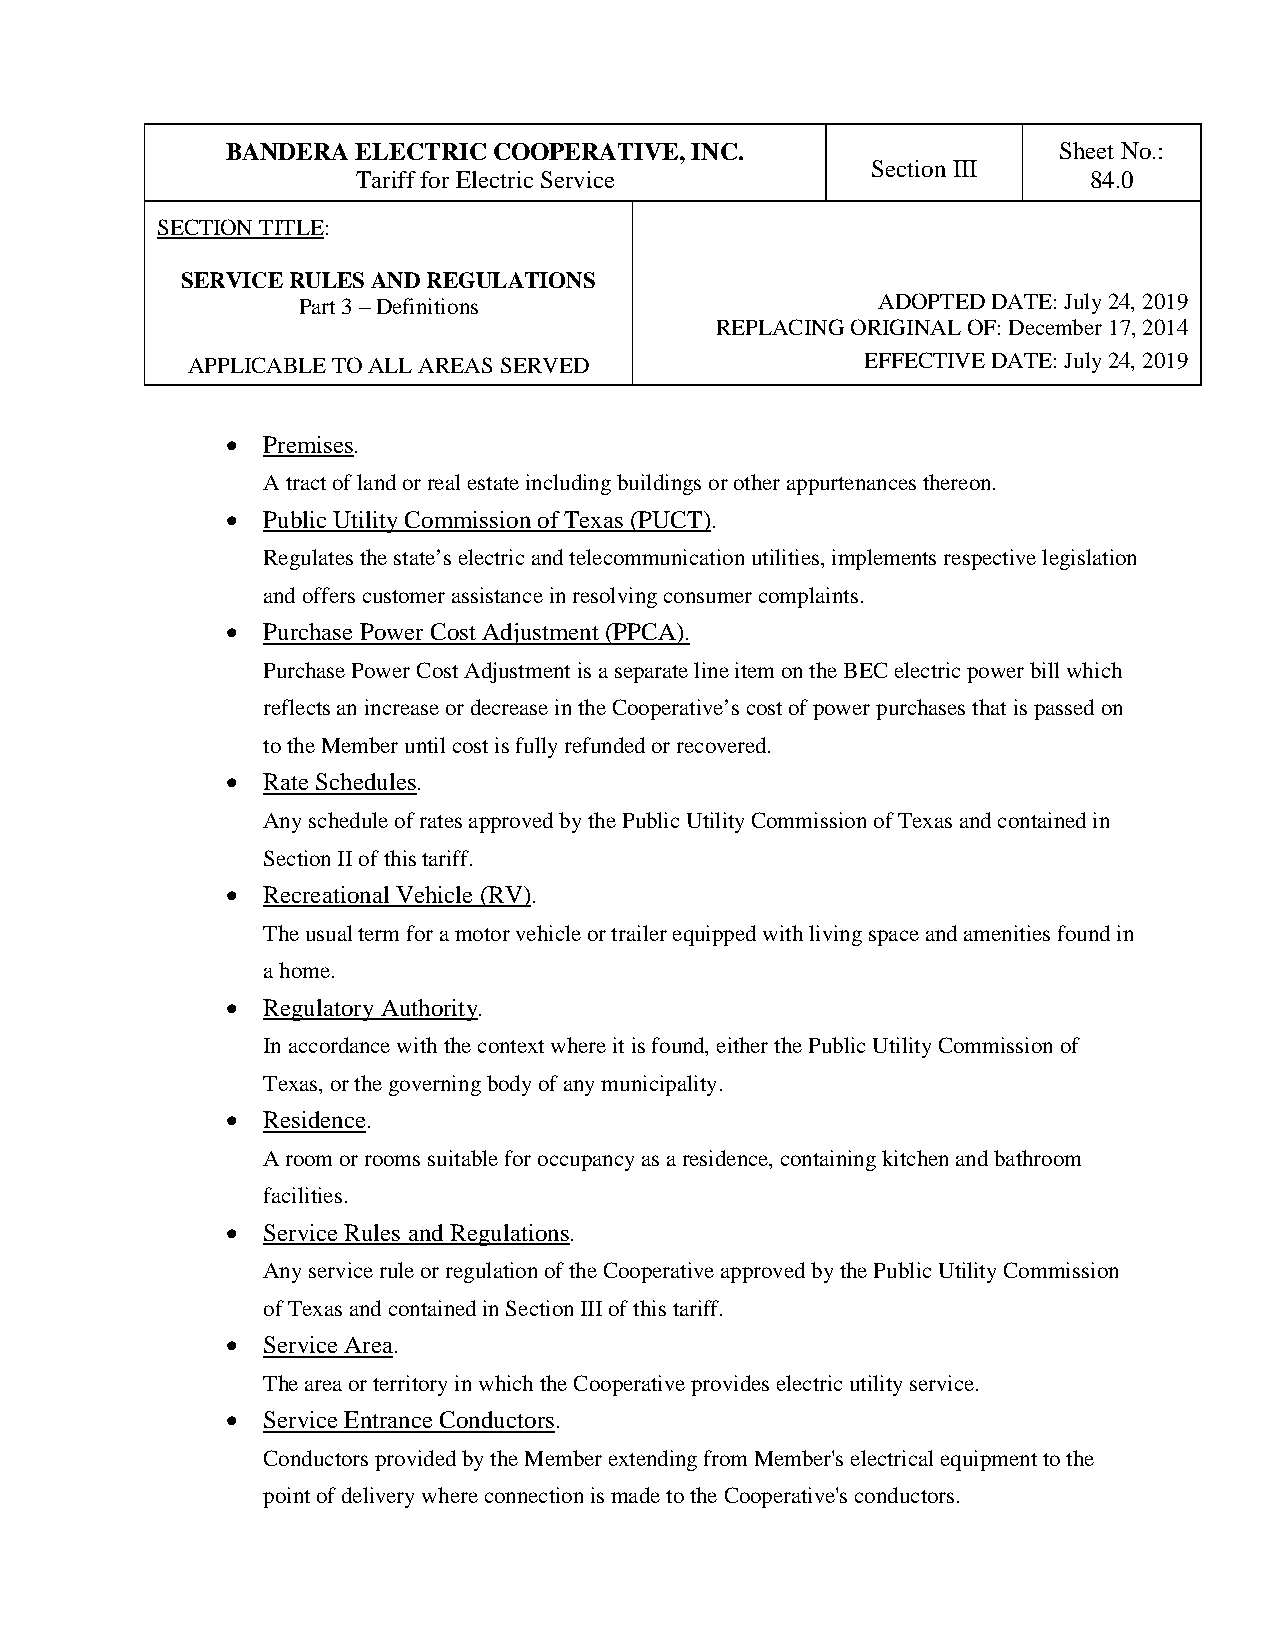
BANDERA  ELECTRIC COOPERATIVE, INC.                    Sheet No.:
 Section III
 Tariff for Electric Service                     84.0
 SECTION TITLE:
 SERVICE RULES AND REGULATIONS
 Part 3 – Definitions                  ADOPTED DATE: July 24, 2019
 REPLACING ORIGINAL OF: December 17, 2014
 APPLICABLE TO ALL AREAS SERVED               EFFECTIVE DATE: July 24, 2019
 • Premises.
 A tract of land or real estate including buildings or other appurtenances thereon.
 • Public Utility Commission of Texas (PUCT).
 Regulates the state’s electric and telecommunication utilities, implements respective legislation
 and offers customer assistance in resolving consumer complaints.
 • Purchase Power Cost Adjustment (PPCA).
 Purchase Power Cost Adjustment is a separate line item on the BEC electric power bill which
 reflects an increase or decrease in the Cooperative’s cost of power purchases that is passed on
 to the Member until cost is fully refunded or recovered.
 • Rate Schedules.
 Any schedule of rates approved by the Public Utility Commission of Texas and contained in
 Section II of this tariff.
 • Recreational Vehicle (RV).
 The usual term for a motor vehicle or trailer equipped with living space and amenities found in
 a home.
 • Regulatory Authority.
 In accordance with the context where it is found, either the Public Utility Commission of
 Texas, or the governing body of any municipality.
 • Residence.
 A room or rooms suitable for occupancy as a residence, containing kitchen and bathroom
 facilities.
 • Service Rules and Regulations.
 Any service rule or regulation of the Cooperative approved by the Public Utility Commission
 of Texas and contained in Section III of this tariff.
 • Service Area.
 The area or territory in which the Cooperative provides electric utility service.
 • Service Entrance Conductors.
 Conductors provided by the Member extending from Member's electrical equipment to the
 point of delivery where connection is made to the Cooperative's conductors.